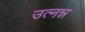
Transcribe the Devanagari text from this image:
उत्नन्न